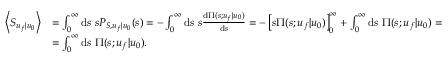
\begin{array} { r l } { \left\langle S _ { u _ { f } | u _ { 0 } } \right\rangle } & { = \int _ { 0 } ^ { \infty } \mathrm { d } s \ s P _ { S , u _ { f } | u _ { 0 } } ( s ) = - \int _ { 0 } ^ { \infty } \mathrm { d } s \ s \frac { \mathrm { d } \Pi ( s ; u _ { f } | u _ { 0 } ) } { \mathrm { d } s } = - \left[ s \Pi ( s ; u _ { f } | u _ { 0 } ) \right] _ { 0 } ^ { \infty } + \int _ { 0 } ^ { \infty } \mathrm { d } s \ \Pi ( s ; u _ { f } | u _ { 0 } ) = } \\ & { = \int _ { 0 } ^ { \infty } \mathrm { d } s \ \Pi ( s ; u _ { f } | u _ { 0 } ) . } \end{array}